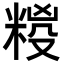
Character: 𮇩